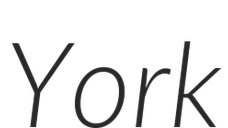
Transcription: York